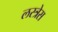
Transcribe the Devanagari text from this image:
लस्त्रेस